Annual report on the working of the mental hospitals in the Madras Presidency - 1912-1932
Year: 1912
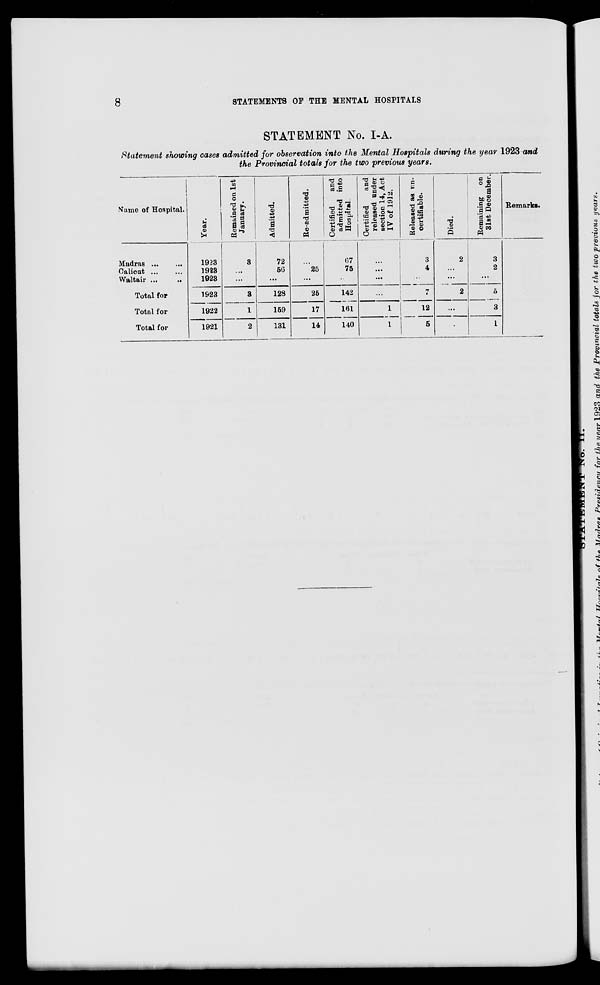
8
STATEMENTS OF THE MENTAL HOSPITALS
STATEMENT No. I-A.
Statement showing cases admitted for observation into the Mental Hospitals during the year 1923 and
the Provincial totals for the two previous years.
Name of Hospital.
Madras
...
...
Calicut ... ...
Waltair ...
...
Total for
Total for
Total for
Year.
1923
1923
1923
1923
1922
1921
Remained on 1st
January.
3
...
...
3
1
2
Admitted.
72
56
...
128
159
131
Re-admitted.
...
25
...
25
17
14
Certified
and
admitted into
Hospital.
67
75
...
142
161
140
Certified
and
released under
section 14, Act
IV of 1912.
...
...
...
...
1
1
Released as un-
certifiable.
3
4
...
7
12
5
Died.
2
...
...
2
...
...
Remaining on
31st December.
3
2
...
5
3
1
Remarks.